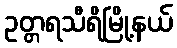
ဥတ္တရသီရိမြို့နယ်